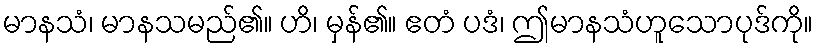
မာနသံ၊ မာနသမည်၏။ ဟိ၊ မှန်၏။ ဧတံ ပဒံ၊ ဤမာနသံဟူသောပုဒ်ကို။